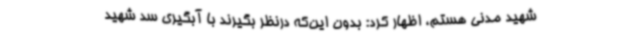
شهید مدنی هستم، اظهار کرد: بدون این‌که درنظر بگیرند با آبگیری سد شهید